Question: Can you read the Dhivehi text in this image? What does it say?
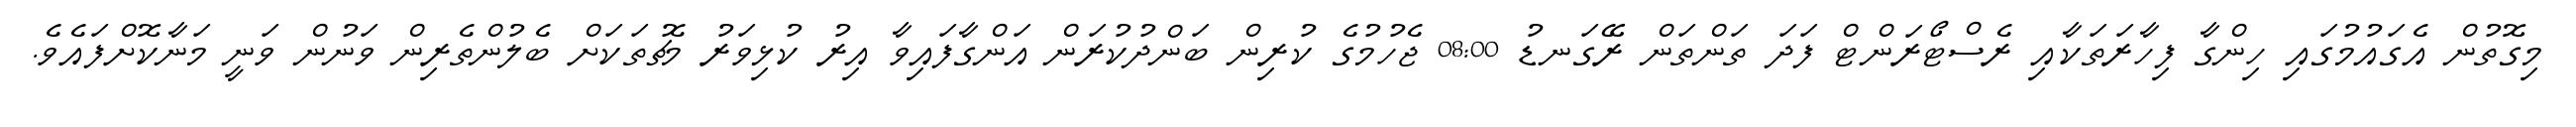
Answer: މިގޮތުން އެގައުމުގައި ހިންގާ ފިހާރަތަކާއި ރެސްޓޯރަންޓް ފަދަ ތަންތަން ރޭގަނޑު 08:00 ޖެހުމުގެ ކުރިން ބަންދުކުރަން އަންގާފައިވާ އިރު ކުޅިވަރު މެޗުތަކަށް ބެލުންތެރިން ވަނުން ވަނީ މަނާކޮށްފައެވެ.